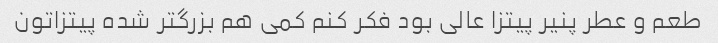
طعم و عطر پنیر پیتزا عالی بود فکر کنم کمی هم بزرگتر شده پیتزاتون